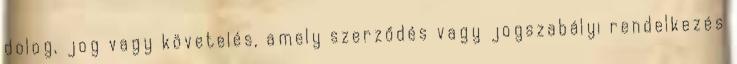
dolog, jog vagy követelés, amely szerződés vagy jogszabályi rendelkezés